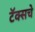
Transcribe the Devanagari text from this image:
टॅक्सचे